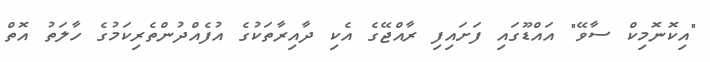
"އިކޮނޮމިކް ސާވޭ" އައްޑޫގައި ފަށައިފި ރާއްޖޭގެ އެކި ދާއިރާތަކުގެ އުފެއްދުންތެރިކަމުގެ ހާލަތު އޮތް